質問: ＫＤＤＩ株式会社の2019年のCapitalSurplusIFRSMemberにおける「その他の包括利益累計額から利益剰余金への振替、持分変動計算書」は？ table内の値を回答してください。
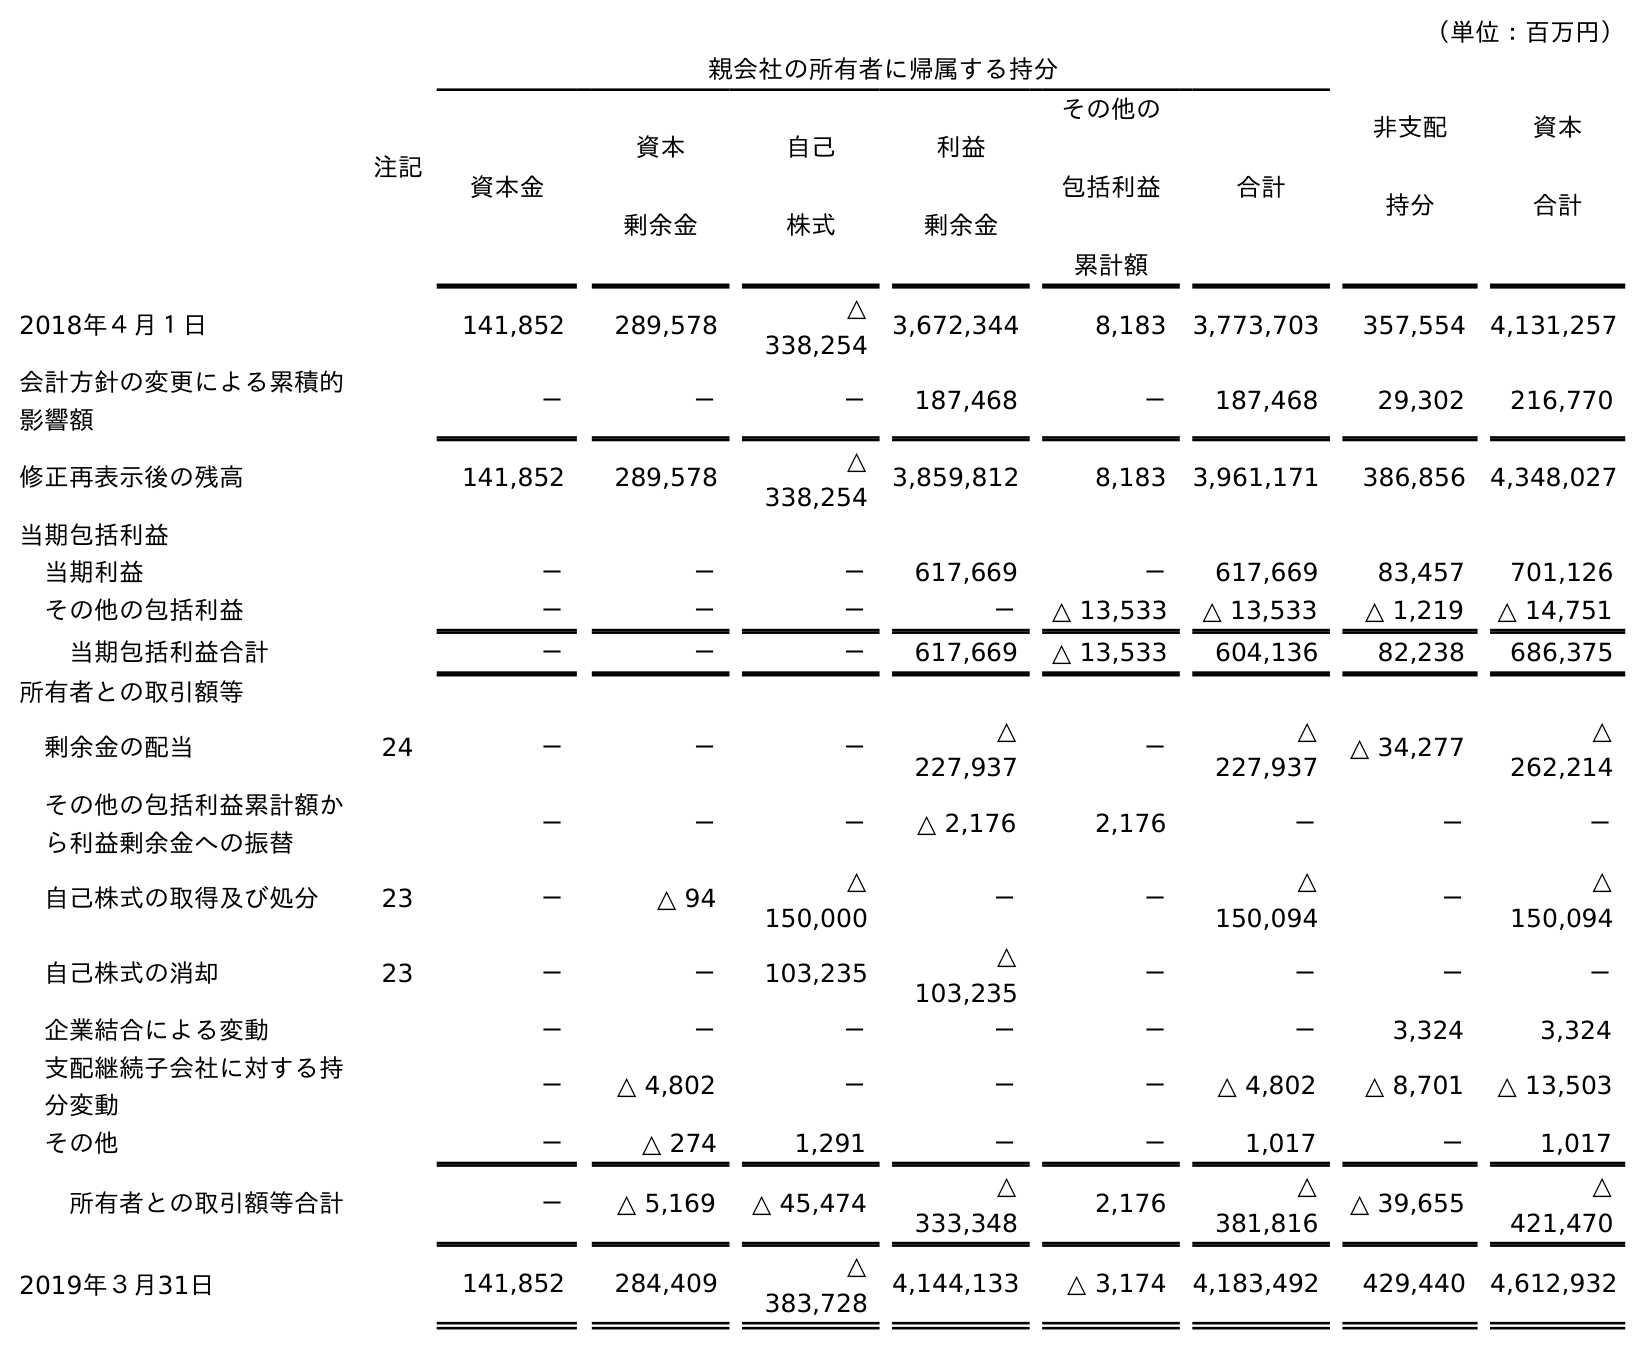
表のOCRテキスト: （単位：百万円） 注記 親会社の所有者に帰属する持分 非支配 持分 資本 合計 資本金 資本 剰余金 自己 株式 利益 剰余金 その他の 包括利益 累計額 合計 2018年４月１日 141,852 289,578 △ 338,254 3,672,344 8,183 3,773,703 357,554 4,131,257 会計方針の変更による累積的 影響額 － － － 187,468 － 187,468 29,302 216,770 修正再表示後の残高 141,852 289,578 △ 338,254 3,859,812 8,183 3,961,171 386,856 4,348,027 当期包括利益 当期利益 － － － 617,669 － 617,669 83,457 701,126 その他の包括利益 － － － － △ 13,533 △ 13,533 △ 1,219 △ 14,751 当期包括利益合計 － － － 617,669 △ 13,533 604,136 82,238 686,375 所有者との取引額等 剰余金の配当 24 － － － △ 227,937 － △ 227,937 △ 34,277 △ 262,214 その他の包括利益累計額か ら利益剰余金への振替 － － － △ 2,176 2,176 － － － 自己株式の取得及び処分 23 － △ 94 △ 150,000 － － △ 150,094 － △ 150,094 自己株式の消却 23 － － 103,235 △ 103,235 － － － － 企業結合による変動 － － － － － － 3,324 3,324 支配継続子会社に対する持 分変動 － △ 4,802 － － － △ 4,802 △ 8,701 △ 13,503 その他 － △ 274 1,291 － － 1,017 － 1,017 所有者との取引額等合計 － △ 5,169 △ 45,474 △ 333,348 2,176 △ 381,816 △ 39,655 △ 421,470 2019年３月31日 141,852 284,409 △ 383,728 4,144,133 △ 3,174 4,183,492 429,440 4,612,932
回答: －